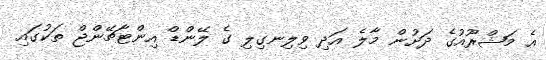
އެ މަޝްރޫއުގެ ދަށުން މާލެ އަދި ވިލިނގިލި ގެ ލޭންޑް އިންޓާޗޭންޖް ތަކުގައި